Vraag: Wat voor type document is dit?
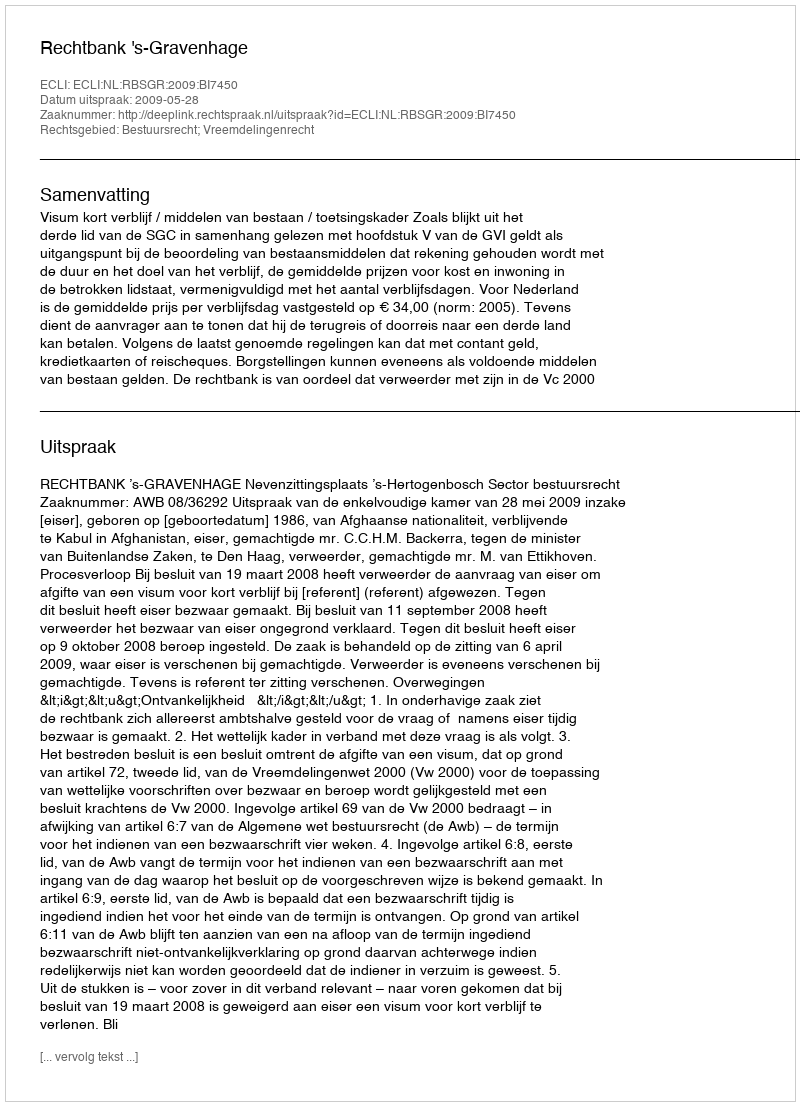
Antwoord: Uitspraak